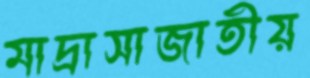
মাদ্রাসাজাতীয়